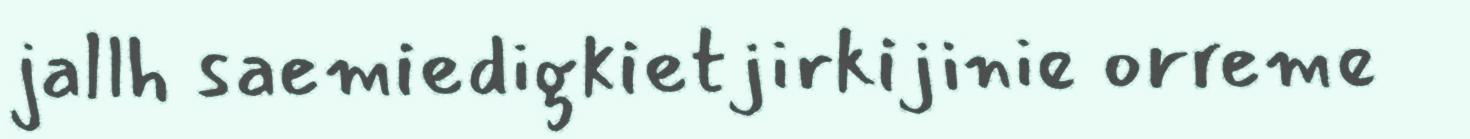
jallh saemiedigkietjirkijinie orreme